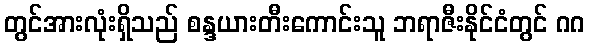
တွင်အားလုံးရှိသည် စန္ဒယားတီးကောင်းသူ ဘရာဇီးနိုင်ငံတွင် ဂဂ